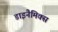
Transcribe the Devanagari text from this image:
डाइनैमिक्स